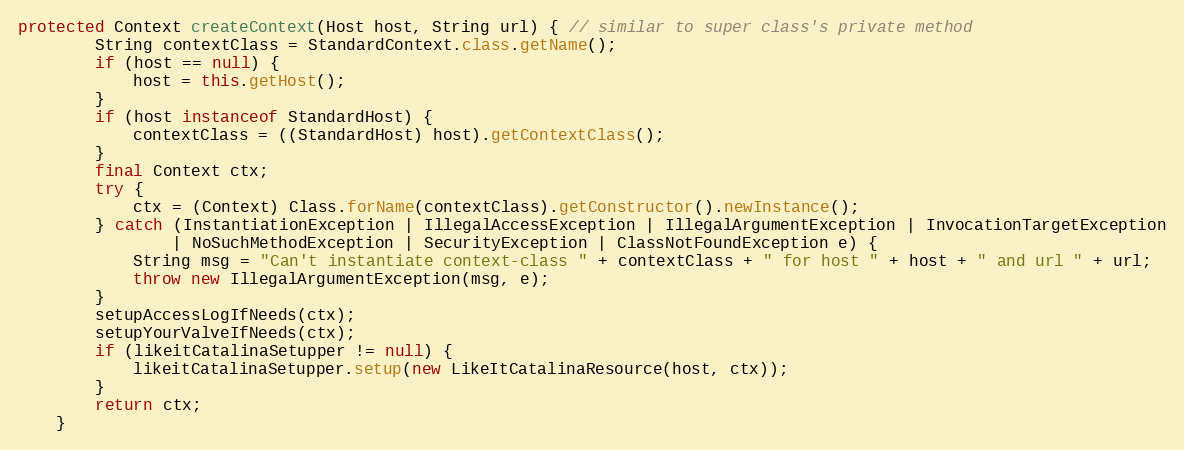
Language: Java
protected Context createContext(Host host, String url) { // similar to super class's private method
        String contextClass = StandardContext.class.getName();
        if (host == null) {
            host = this.getHost();
        }
        if (host instanceof StandardHost) {
            contextClass = ((StandardHost) host).getContextClass();
        }
        final Context ctx;
        try {
            ctx = (Context) Class.forName(contextClass).getConstructor().newInstance();
        } catch (InstantiationException | IllegalAccessException | IllegalArgumentException | InvocationTargetException
                | NoSuchMethodException | SecurityException | ClassNotFoundException e) {
            String msg = "Can't instantiate context-class " + contextClass + " for host " + host + " and url " + url;
            throw new IllegalArgumentException(msg, e);
        }
        setupAccessLogIfNeeds(ctx);
        setupYourValveIfNeeds(ctx);
        if (likeitCatalinaSetupper != null) {
            likeitCatalinaSetupper.setup(new LikeItCatalinaResource(host, ctx));
        }
        return ctx;
    }